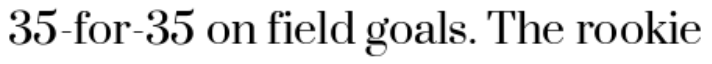
35-for-35 on field goals. The rookie